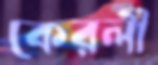
কেরলী